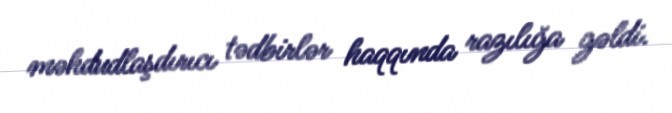
məhdudlaşdırıcı tədbirlər haqqında razılığa gəldi.